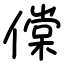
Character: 㒉